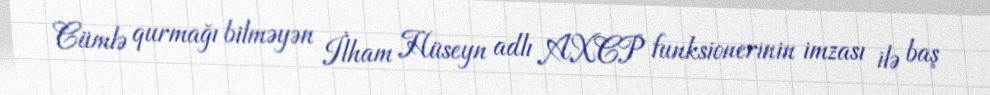
Cümlə qurmağı bilməyən İlham Hüseyn adlı AXCP funksionerinin imzası ilə baş